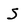
Character: S